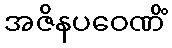
အဇိနပဝေဏိံ